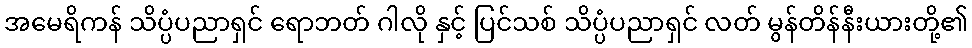
အမေရိကန် သိပ္ပံပညာရှင် ရောဘတ် ဂါလို နှင့် ပြင်သစ် သိပ္ပံပညာရှင် လတ် မွန်တိန်နီးယားတို့၏